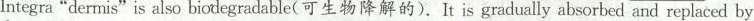
Integra"dermis"is also biodegradable（可生物降解的）. It is gradually absorbed and replaced by